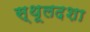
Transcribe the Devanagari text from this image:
स्थूलदशा